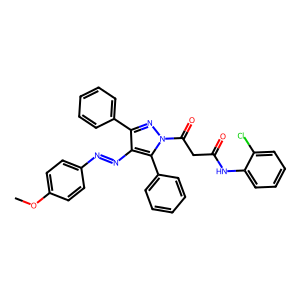
SMILES: COc1ccc(N=Nc2c(-c3ccccc3)nn(C(=O)CC(=O)Nc3ccccc3Cl)c2-c2ccccc2)cc1
Inhibits HIV replication: No